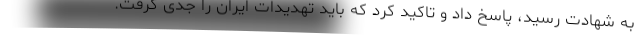
به شهادت رسید، پاسخ داد و تاکید کرد که باید تهدیدات ایران را جدی گرفت.